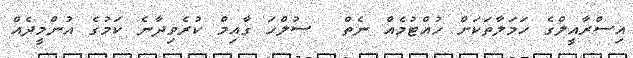
އިސްރާއީލްގެ ހަމަލާތަކަށް ހުއްޓުމެއް ނެތް  ސުލްހަ ގާއިމް ކުރެވިދާނެ ކަމުގެ އުންމީދެއް